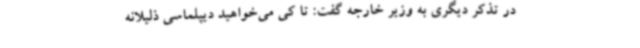
در تذکر دیگری به وزیر خارجه گفت: تا کی می‌خواهید دیپلماسی ذلیلانه